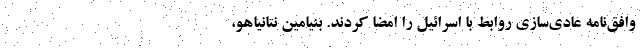
وافق‌نامه عادی‌سازی روابط با اسرائيل را امضا کردند. بنیامین نتانیاهو،